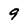
Character: 9